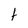
Character: t